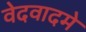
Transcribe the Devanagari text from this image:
वेदवादमे